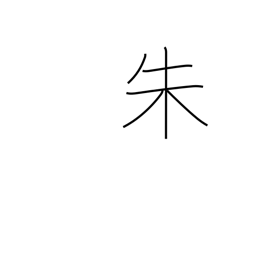
Meaning: scarlet